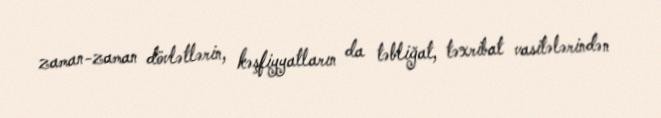
zaman-zaman dövlətlərin, kəşfiyyatların da təbliğat, təxribat vasitələrindən